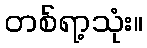
တစ်ရာ့သုံး။